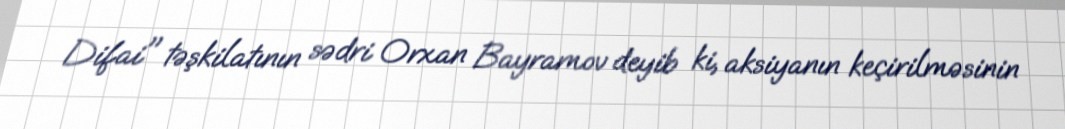
Difai" təşkilatının sədri Orxan Bayramov deyib ki, aksiyanın keçirilməsinin